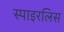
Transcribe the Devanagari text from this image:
स्पाइरलिस